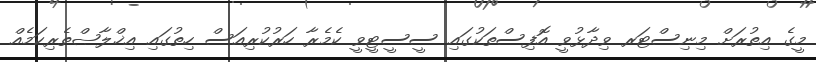
މީގެ އިތުރަށް މިނިސްޓަރ ވިދާޅުވީ އޮފިސްތަކުގައި ސީސީޓީވީ ކެމެރާ ހަރުކުރިއަސް ހިތުގައި އިޚްލާޞްތެރިކަމެއް